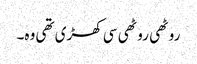
روٹھی روٹھی سی کھڑی تھی وہ۔